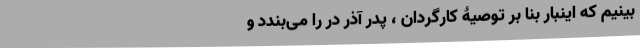
‌بینیم که اینبار بنا بر توصیۀ کارگردان ، پدر آذر در را می‌بندد و